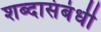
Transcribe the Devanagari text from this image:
शब्दासंबंधी